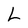
Character: L